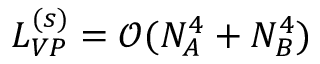
L _ { V P } ^ { ( s ) } = \mathcal { O } ( N _ { A } ^ { 4 } + N _ { B } ^ { 4 } )